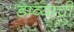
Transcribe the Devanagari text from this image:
डाव्यांची